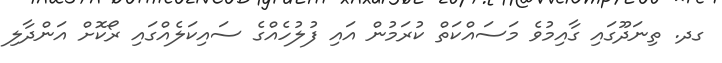
ގދ. ތިނަދޫގައި ގާއިމުވެ މަސައްކަތް ކުރަމުން އައި ފުލުހެއްގެ ސައިކަލެއްގައި ރޯކޮށް އަންދާލި